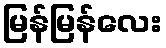
မြန်မြန်လေး